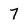
Character: 7